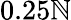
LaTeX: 0.25\mathbb{N}